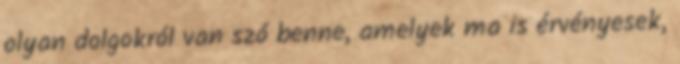
olyan dolgokról van szó benne, amelyek ma is érvényesek,